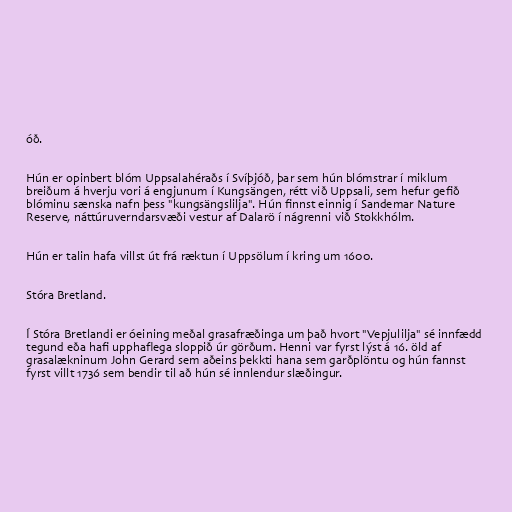
óð.

Hún er opinbert blóm Uppsalahéraðs í Svíþjóð, þar sem hún blómstrar í miklum
breiðum á hverju vori á engjunum í Kungsängen, rétt við Uppsali, sem hefur gefið
blóminu sænska nafn þess "kungsängslilja". Hún finnst einnig í Sandemar Nature
Reserve, náttúruverndarsvæði vestur af Dalarö í nágrenni við Stokkhólm.

Hún er talin hafa villst út frá ræktun í Uppsölum í kring um 1600.

Stóra Bretland.

Í Stóra Bretlandi er óeining meðal grasafræðinga um það hvort "Vepjulilja" sé innfædd
tegund eða hafi upphaflega sloppið úr görðum. Henni var fyrst lýst á 16. öld af
grasalækninum John Gerard sem aðeins þekkti hana sem garðplöntu og hún fannst
fyrst villt 1736 sem bendir til að hún sé innlendur slæðingur.